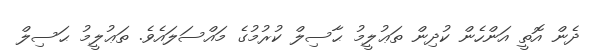
ދެން އޮތީ އަންހެން ކުދިން ތަޢުލީމު ޙާސިލް ކުރުމުގެ މައްސަލައެވެ. ތަޢުލީމު ޙަސިލް